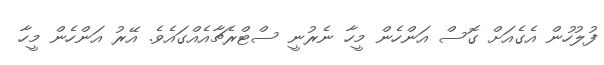
ފުލުހުން އެގެއަށް ގޮސް އަންހެން މީހާ ނެރުނީ ސްޓްރެޗާއެއްގައެވެ. އޭރު އަންހެން މީހާ